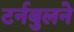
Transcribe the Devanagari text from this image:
टर्नबुलने